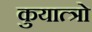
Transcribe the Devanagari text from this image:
कुयात्त्रो